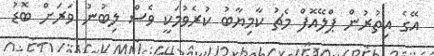
އޭގެ އިތުރުން ޕްލޭއޮފް މެޗު ކާމިޔާބު ކުރެވުމަކީ ވެސް ލިބުނު ވަރަށް ބޮޑު